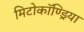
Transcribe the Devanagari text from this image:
मिटोकॉण्ड्रिया